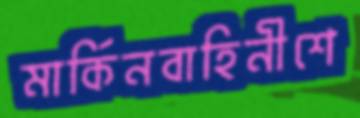
মার্কিনবাহিনীশে